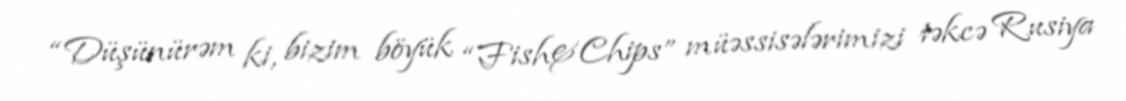
“Düşünürəm ki, bizim böyük “Fish&Chips” müəssisələrimizi təkcə Rusiya